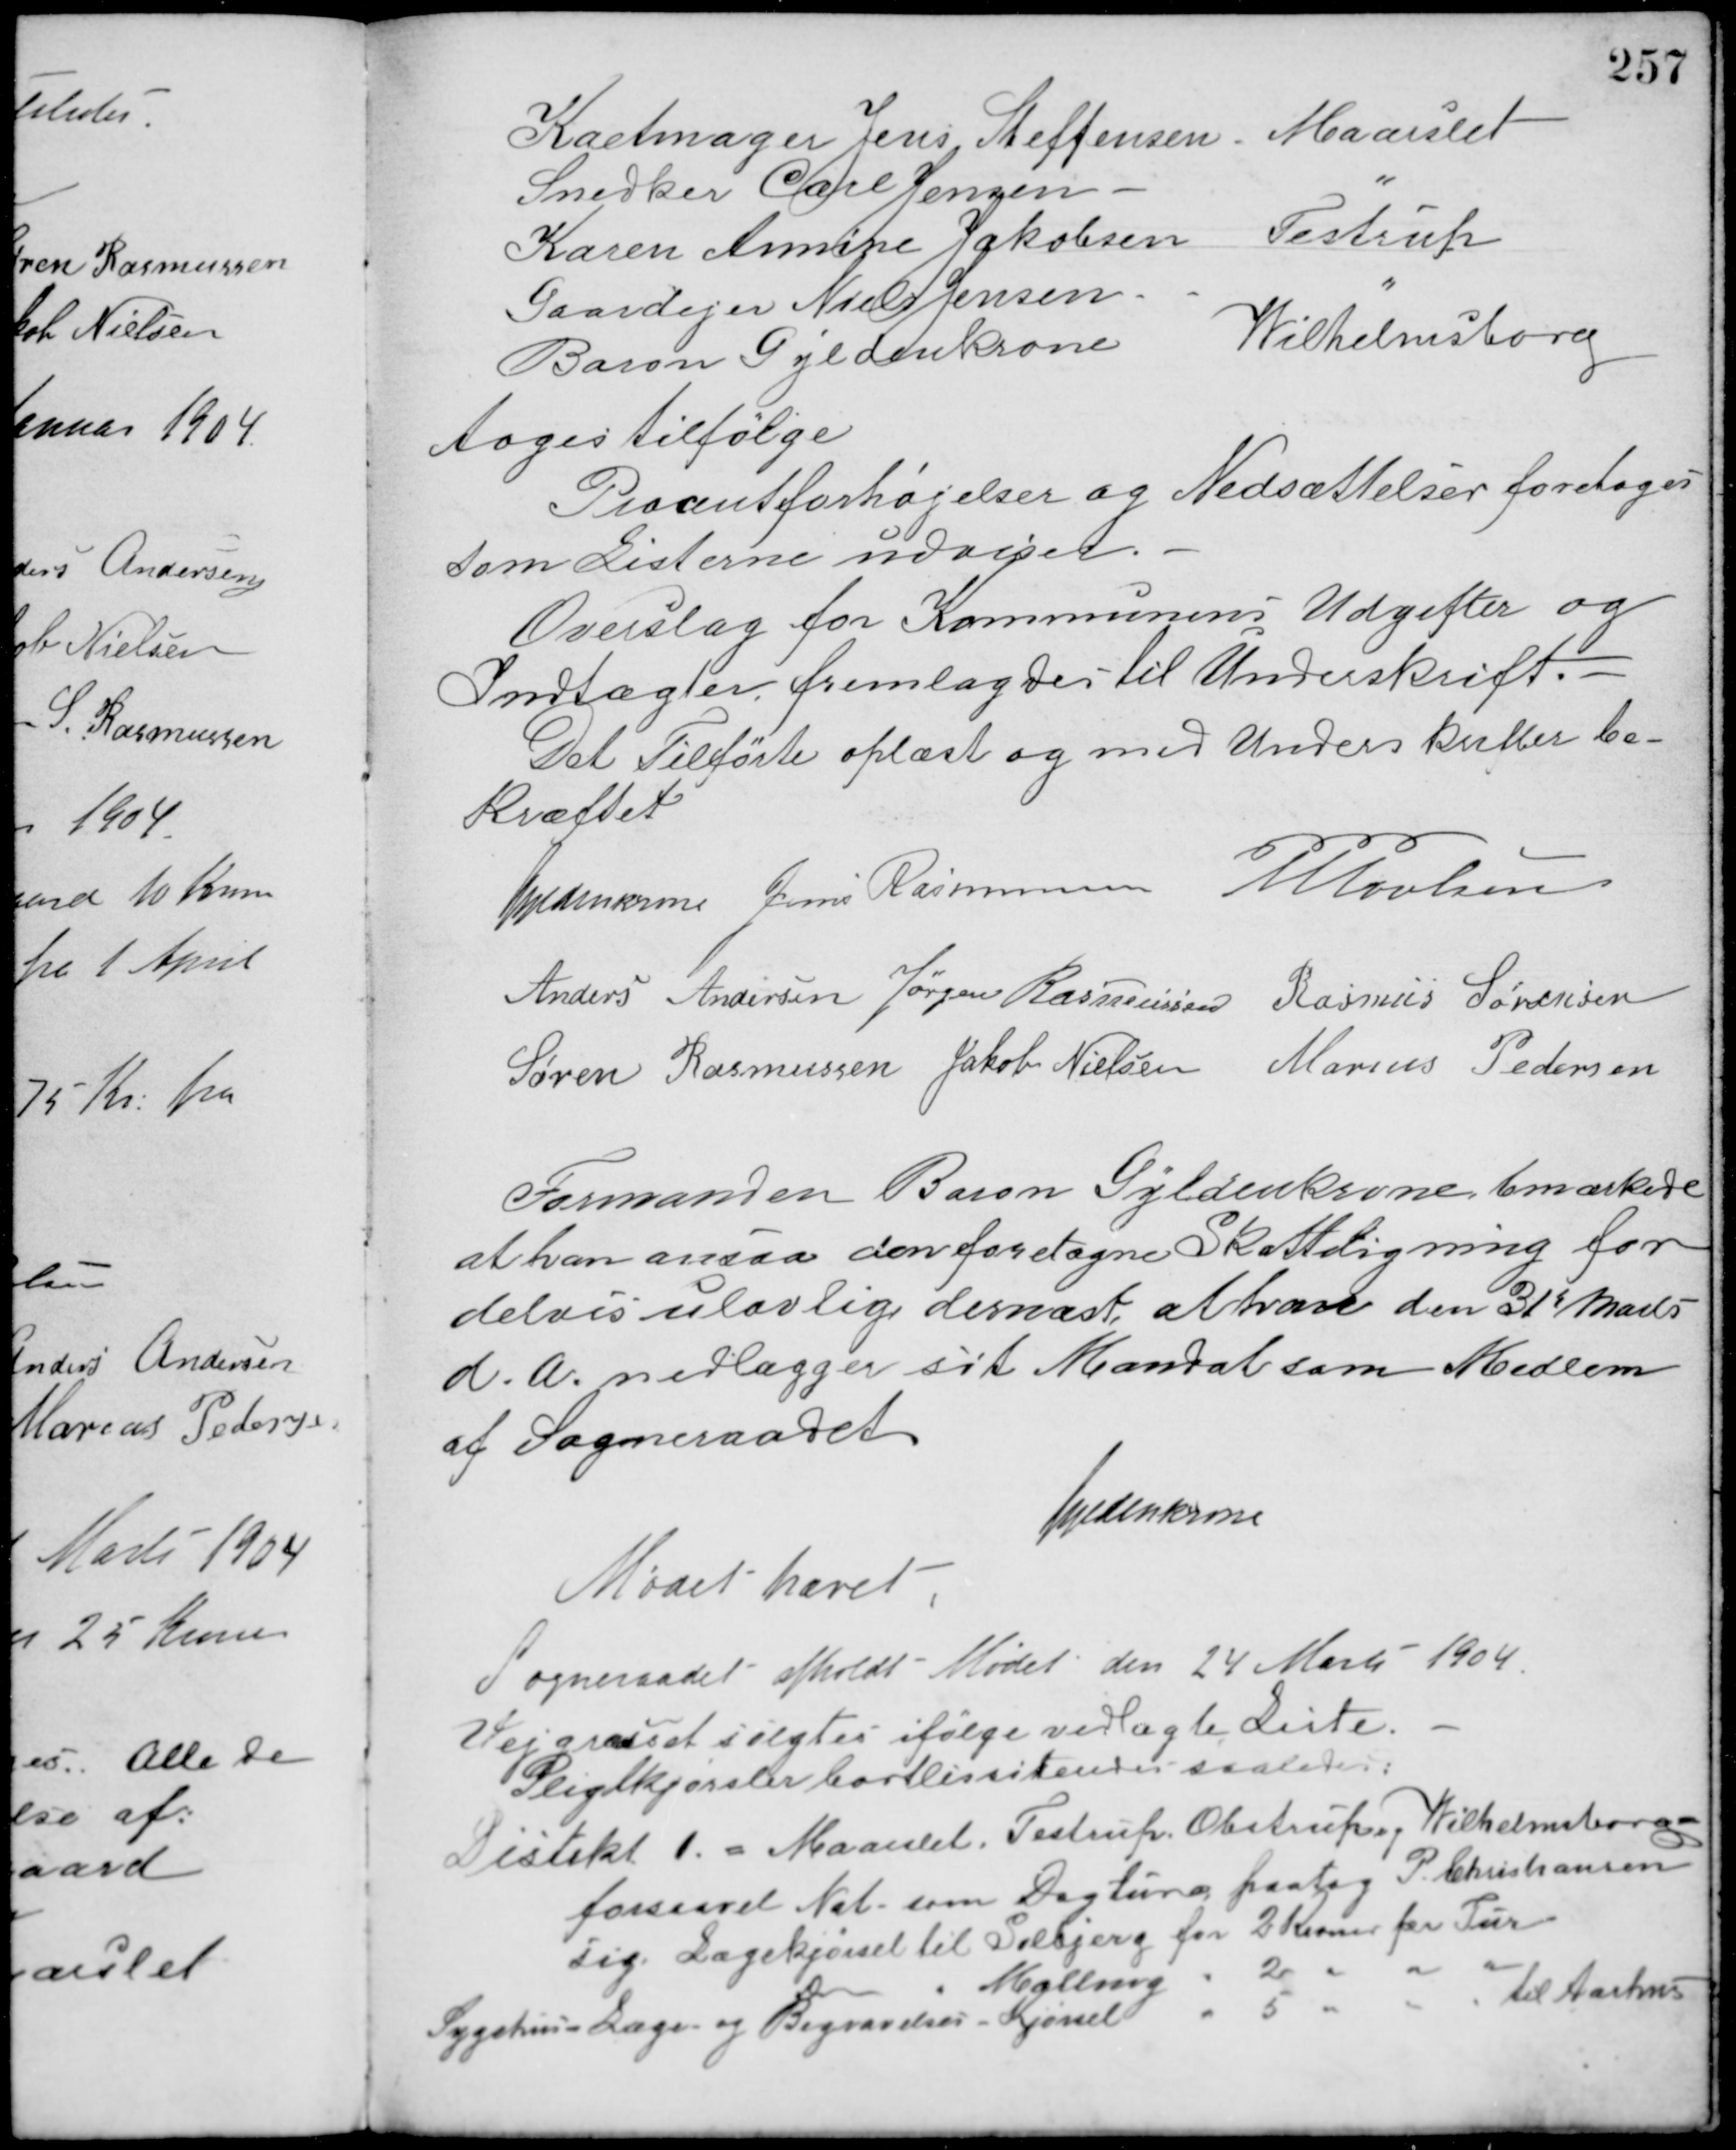
Transskription:
Karetmager Jens Steffensen, Maarslet
Snedker Carl Jensen, "
Karen Annine Jakobsen, Testrup
Gaardejer Niels Jensen, "
Baron Gyldenkrone Wilhelmsborg
toges tilfølge.
Procentforhøjelser og Nedsættelser foretoges
som Listerne udviser.
Overslag for Kommunens Udgifter og
Indtægter fremlagdes til Underskrift
Det Tilførte oplæst og med Underskrifter be-
kræftet.
Gyldenkrone Jens Rasmussen M. Povlsen
Anders Andersen Jørgen Rasmussen Rasmus Sørensen
Søren Rasmussen Jakob Nielsen Marius Pedersen
Formanden Baron Gyldenkrone, bemærkede
at han ansaa den foretagne Skatteligning for
delvis ulovlig dernæst at han den 31te Marts
d. A. nedlægger sit Mandat som Medlem
af Sogneraadet.
Gyldenkrone
Mødet hævet.
Sogneraadet afholdt Mødet den 24 Marts 1904.
Vejgræsset solgtes ifølge vedlagte Liste.
Pligtkjørsler bortlisiteredes saaledes:
Distikt 1. - Maarslet, Testrup, Olstrup, Vilhelmsborg
forsaavel Nat- som Dagture paatog P. Christiansen
sig. Lægekjørsel til Solbjerg for 2 Kroner for Tur
Do " Malling " 2 " " "
Sygehus - Læge og Begravelses - Kjørsel " 5 " " " til Aarhus